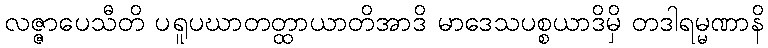
လဇ္ဇာပေသီတိ ပရူပဃာတတ္ထာယာတိအာဒိ မာဒေသပစ္စယာဒိမှိ တဒါရမ္မဏာနိ